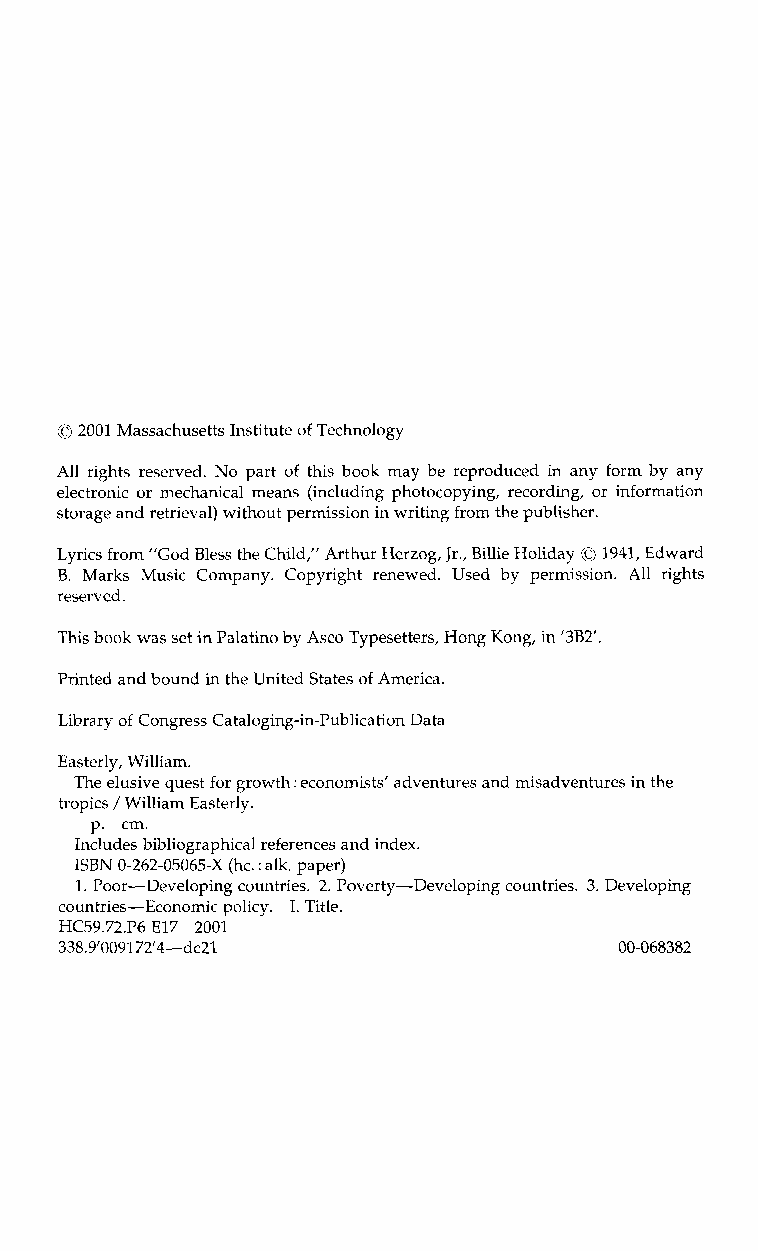
0
 2001 Massachusetts Institute of Technology
 All rights reserved. No part of this book may be reproduced in any form by any
 electronic or mechanical means (including photocopying, recording, or information
 storage and retrieval) without permission in writing from the publisher.
 0
 Lyrics from ”God Bless the Child,” Arthur Herzog, Jr., Billie Holiday 1941, Edward
 B. Marks Music Company.C opyright renewed. Used by permission. All rights
 reserved.
 This book was set in Palatino by Asco Typesetters, Hong Kong, in ’3B2’
 Printed and bound in the United States of America.
 Library of Congress Cataloging-in-Publication Data
 Easterly, William.
 The elusive quest for growth :e conomists’ adventures and misadventures in the
 tropics /William Easterly.
 p. cm.
 Includes bibliographical references and index.
 ISBN
 0-262-05065-X (hc. :a lk. paper)
 1. Poor-Developing countries. 2. Poverty-Developing countries. 3. Developing
 countries-Economic policy. I. Title.
 HC59.72.P6 E172 001
 338.9’009172’4-dc21                           00-068382